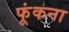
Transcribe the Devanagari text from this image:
फूंकना